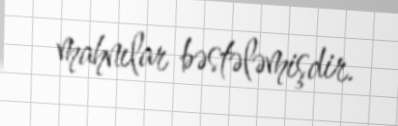
mahnılar bəstələmişdir.